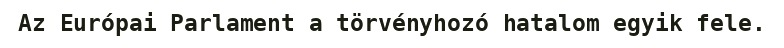
Az Európai Parlament a törvényhozó hatalom egyik fele.